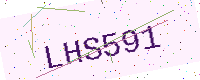
Text: LHS591